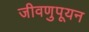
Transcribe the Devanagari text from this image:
जीवणुपूयन